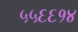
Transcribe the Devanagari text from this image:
५५६६१४